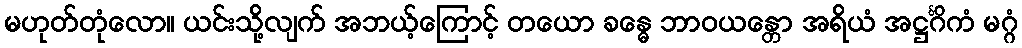
မဟုတ်တုံလော။ ယင်းသို့လျက် အဘယ့်ကြောင့် တယော ခန္ဓေ ဘာဝယန္တော အရိယံ အဋ္ဌင်္ဂိကံ မဂ္ဂံ